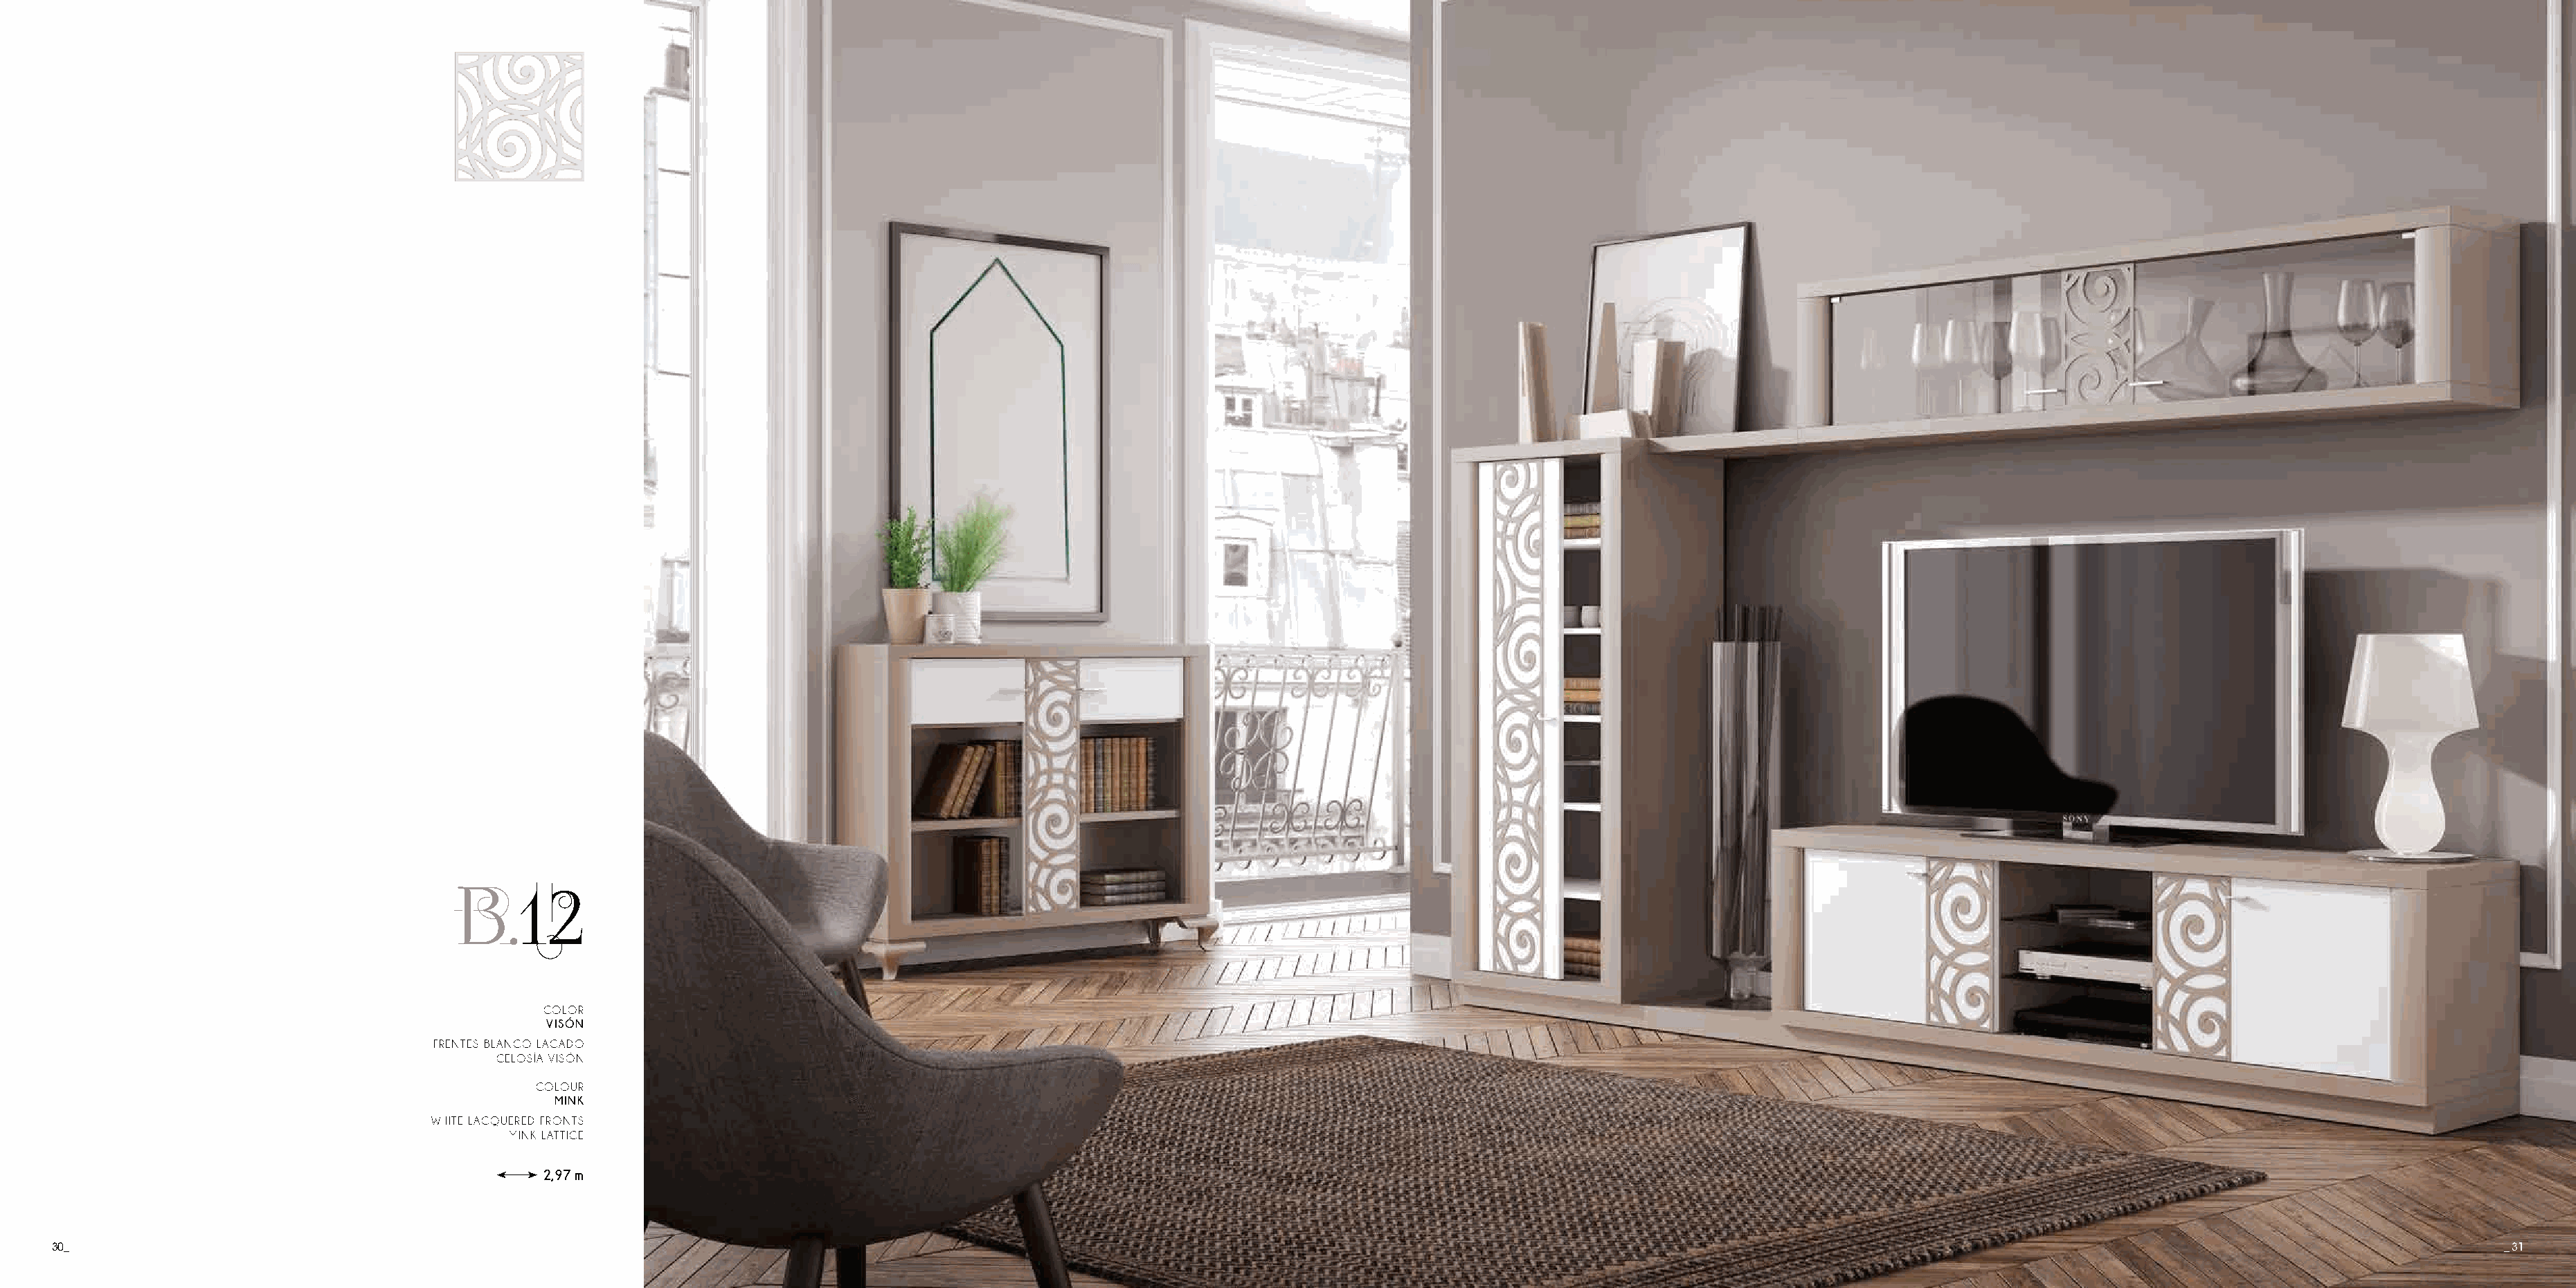
B.12
 COLOR
 VISÓN
 FRENTES BLANCO LACADO
 CELOSÍA VISÓN
 COLOUR
 MINK
 WHITE LACQUERED FRONTS
 MINK LATTICE
 2,97 m
 30_                                                                                                                                                                                                                                       _ 31